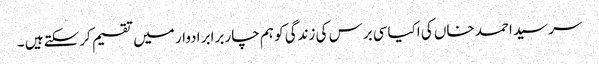
سرسید احمد خاں کی اکیاسی برس کی زندگی کو ہم چار برابر ادوار میں تقسیم کرسکتے ہیں ۔